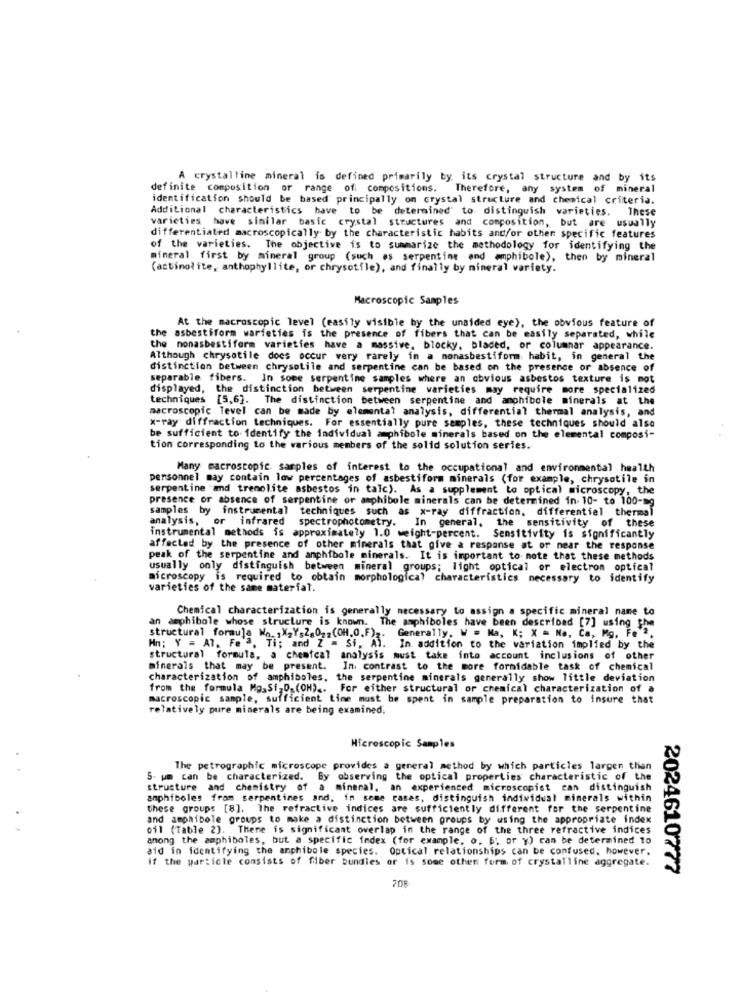
A crystalline mineral is defined primarily by its crystal structure and by its
definite composition or range of compositions. Therefore, any system of mineral
identification should be based principally on crystal structure and chemical criteria.
Additional characteristics have to be determined to distinguish varieties. These
varieties have similar basic crystal structures and composition, but are usually
differentiated macroscopically by the characteristic habits and/or other specific features
of the varieties. The objective is to summarize the methodology for identifying the
mineral first by mineral group (such as serpentine and amphibole), then by mineral
(actinolite, anthophyllite, or chrysotfle), and finally by mineral variety.
Macroscopic Samples
At the macroscopic level (easily visible by the unaided eye), the obvious feature of
the asbestiform warfeties is the presence of fibers that can be easily separated, while
the nonasbestiform varieties have a massive, blocky, bladed, or columnar appearance.
Although chrysotile does occur very rarely in a nonasbestiform habit, in general the
distinction between chrysotile and serpentine can be based on the presence or absence of
separable fibers. In some serpentine samples where an obvious asbestos texture is mot
displayed, the distinction between serpentine varieties may require more specialized
techniques [5,6]. The distinction between serpentine and amphibole minerals at the
macroscopic Tevel can be made by elemental analysis, differential thermal analysis, and
x-ray diffraction techniques. For essentially pure samples, these techniques should also
be sufficient to identify the individual amphibole minerals based on the elemental composi-
tion corresponding to the various members of the solid solution series.
Many macroscopic samples of interest to the occupational and environmental health
personnel may contain low percentages of asbestiform minerals (for example, chrysotile in
serpentine and trenolite asbestos in talc). As a supplement to optical microscopy, the
presence or absence of serpentine or amphibole minerals can be determined in. 10- to 100-mg
samples by instrumental techniques such as x-ray diffraction. differentiel thermal
analysis, or infrared
spectrophotometry. In general, the sensitivity of these
instrumental methods is approximately 1.0 weight-percent. Sensitivity is significantly
affected by the presence of other minerals that give a response at or near the response
peak of the serpentine and amphibole minerals. It is important to note that these methods
usually only distinguish between mineral groups; light optical or electrom optical
microscopy is required to obtain morphological characteristics necessary to identify
varieties of the same material.
Chemical characterization is generally necessary to assign a specific mineral name to
an amphibole whose structure is known. The amphiboles have been described [7] using the
structural formula No. 1X2Ys2.02.(OH.O.F) ,. Generally, W = Ma, K; X = No, Ca, Mg. Fe'".
Hn; Y = AT. Fe 3. Ti; and Z = Si, Al. In addition to the variation implied by the
structural formula, a chemical analysis must take into account inclusions of other
minerals that may be present. In contrast to the more formidable task of chemical
characterization of amphiboles, the serpentine minerals generally show little deviation
from the formula Mg.Si,D.(OH) .. For either structural or chemical characterization of a
macroscopic sample, sufficient time must be spent in sample preparation to insure that
relatively pure minerals are being examined;
Microscopic Samples
The petrographic microscope provides a general method by which particles largen than
5. um can be characterized. By observing the optical properties characteristic of the
structure and chemistry of a mineral, an experienced microscopist can distinguish
amphiboles from serpentines and, in some cases, distinguish individual minerals within
these groups [8]. The refractive indices are sufficiently different for the serpentine
and amphibole groups to make a distinction between groups by using the appropriate index
ofl (Table 2]. There is significant overlap in the range of the three refractive indices
among the amphiboles, but a specific index (for example, o, 6 ;, or y) can be determined to
aid in identifying the anphibole species. Optical relationships can be confused, however.
if the particle consists of fiber bundles or is some other form of crystalline aggregate.
2024610777